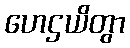
ဟေဌယိတွာ